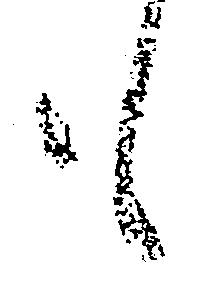
も